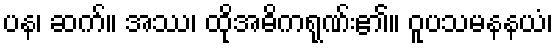
ပန၊ ဆက်။ အဿ၊ ထိုအဓိကရုဏ်း၏။ ဝူပသမနနယံ၊